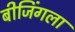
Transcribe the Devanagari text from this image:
बीजिंगला